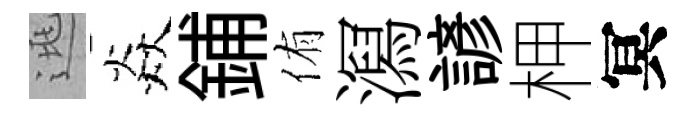
逃焱鋪侑㵼諺柙冥